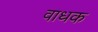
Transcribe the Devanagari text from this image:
वाधक